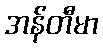
အန်တီမာ